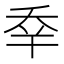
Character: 𠂷